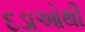
દડાઓથી